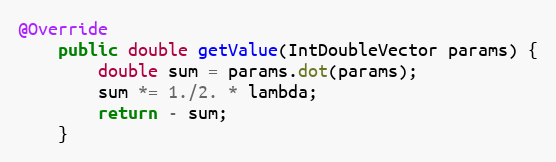
Language: Java
@Override
    public double getValue(IntDoubleVector params) {
        double sum = params.dot(params);
        sum *= 1./2. * lambda;
        return - sum;
    }